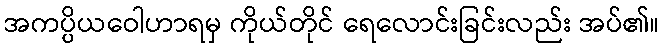
အကပ္ပိယဝေါဟာရမှ ကိုယ်တိုင် ရေလောင်းခြင်းလည်း အပ်၏။